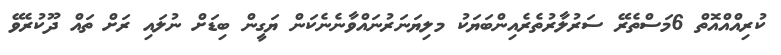
ކުރިއްއްއޮތް 6މަސްތެރޭ ސަރުލާރުތެރެއިންބަޔަކު މލިޔަނަރުނައްވާނެނެކަން ޔަގީން ބިޑަށް ނުލައި ރަށް ތައް ދޫކުރެވޭ